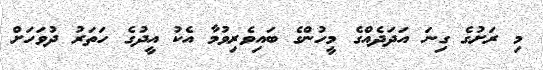
މި ރަށުގެ ގިނަ އަދަދެއްގެ މީހުންގެ ބައިވެރިވުމާ އެކު އީދުގެ ހަތަރު ދުވަހަށް